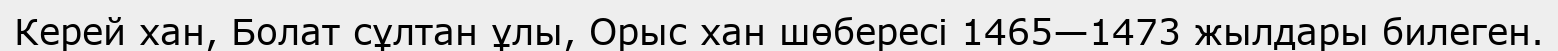
Керей хан, Болат сұлтан ұлы, Орыс хан шөбересі 1465—1473 жылдары билеген.